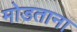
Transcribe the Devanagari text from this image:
मोडताना